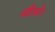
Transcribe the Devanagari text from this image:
जीओ।